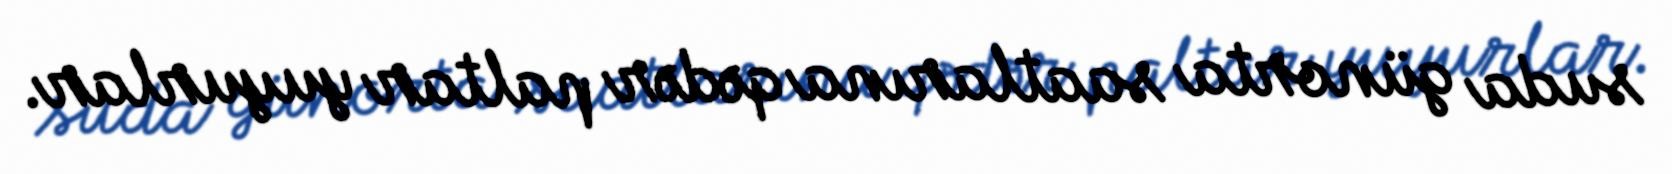
suda günorta saatlarına qədər paltar yuyurlar.